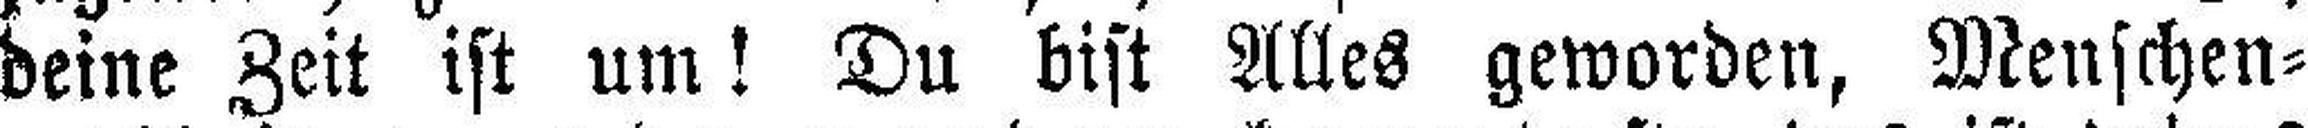
deine Zeit ist um! Du bist Alles geworden, Menschen¬